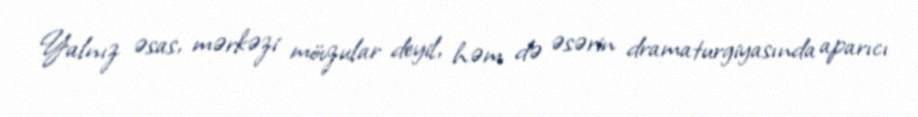
Yalnız əsas, mərkəzi mövzular deyil, həm də əsərin dramaturgiyasında aparıcı